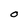
Character: O